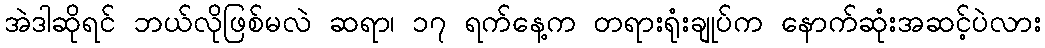
အဲဒါဆိုရင် ဘယ်လိုဖြစ်မလဲ ဆရာ၊ ၁၇ ရက်နေ့က တရားရုံးချုပ်က နောက်ဆုံးအဆင့်ပဲလား